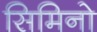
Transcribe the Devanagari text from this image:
सिमिनो